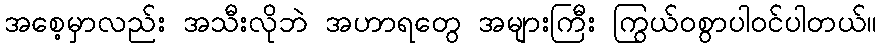
အစေ့မှာလည်း အသီးလိုဘဲ အဟာရတွေ အများကြီး ကြွယ်ဝစွာပါဝင်ပါတယ်။